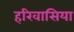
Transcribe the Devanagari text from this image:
हरिवासिया